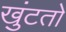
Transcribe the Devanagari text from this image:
खुंटतो